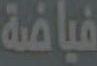
فياضة